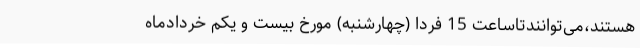
هستند،می‌توانندتاساعت 15 فردا (چهارشنبه) مورخ بیست و یکم خردادماه